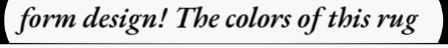
form design! The colors of this rug